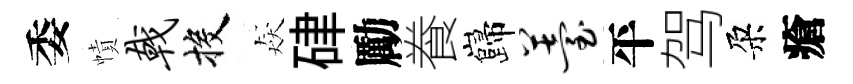
委幘戟投猋硉勵飬巋薹平驾朶瘡